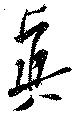
眞